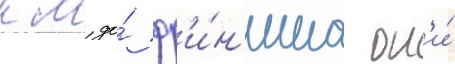
км до́ ф'и́н'иша он'и́